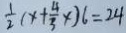
\frac { 1 } { 2 } ( x + \frac { 4 } { 3 } x ) 6 = 2 4